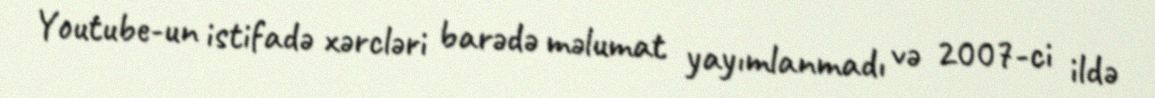
Youtube-un istifadə xərcləri barədə məlumat yayımlanmadı və 2007-ci ildə